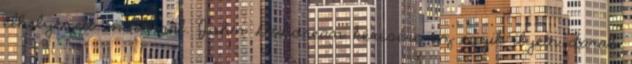
elhelyezett motorral. John DeLorean kérésére az egyik ilyen darab